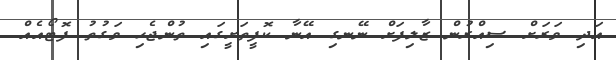
އަދި ވަރަށް ސިއްރުން ޒާލިފަށް ނޭނގި އޭނާ ކޮފީތަށީގައި ތުންޖެހި ވަގުތު ފޮޓޯއެއް